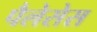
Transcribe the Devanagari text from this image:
पैलेसेस